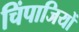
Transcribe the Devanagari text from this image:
चिंपाजियों